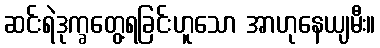
ဆင်းရဲဒုက္ခတွေ့ရခြင်းဟူသော အာဟုနေယျမီး။